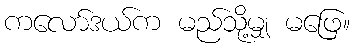
ကလော်ဒယ်က မည်သို့မျှ မဖြေ။